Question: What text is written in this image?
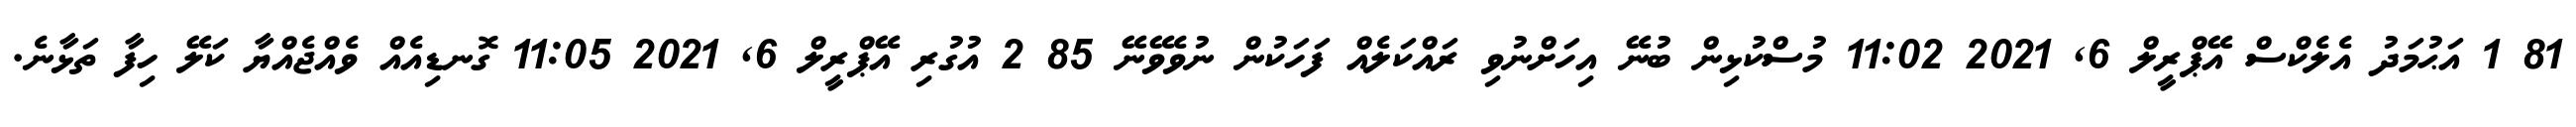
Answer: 81 1 އަޙުމަދު އެލެކްސް އޭޕްރީލް 6, 2021 11:02 މުސްކުޅިން ބުނޭ އިހަށްނުވި ރައްކަލެއް ފަހަކުން ނުވެވޭނޭ 85 2 އުގުރި އޭޕްރީލް 6, 2021 11:05 ގޮނޑިއެއް ވެއްޖެއްޔާ ކަލޭ ހިފާ ތަޅާނެ.